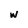
Character: w